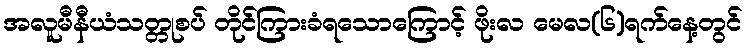
အလူမီနီယံသတ္တုစပ် တိုင်ကြားခံရသောကြောင့် ဖိုးလ မေလ(၆)ရက်နေ့တွင်